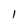
Character: 1